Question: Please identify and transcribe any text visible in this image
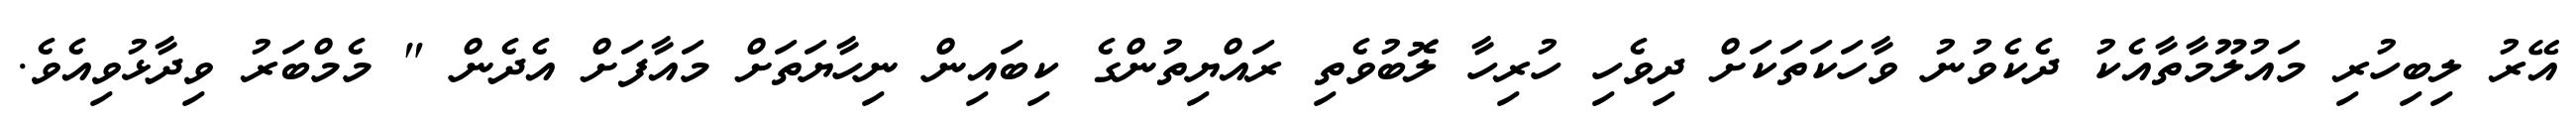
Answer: އޭރު ލިބިހުރި މައުލޫމާތާއެކު ދެކެވުނު ވާހަކަތަކަށް ދިވެހި ހުރިހާ ލޮބުވެތި ރައްޔިތުންގެ ކިބައިން ނިހާޔަތަށް މައާފަށް އެދެން " މެމްބަރު ވިދާޅުވިއެވެ.